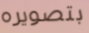
بتصويره